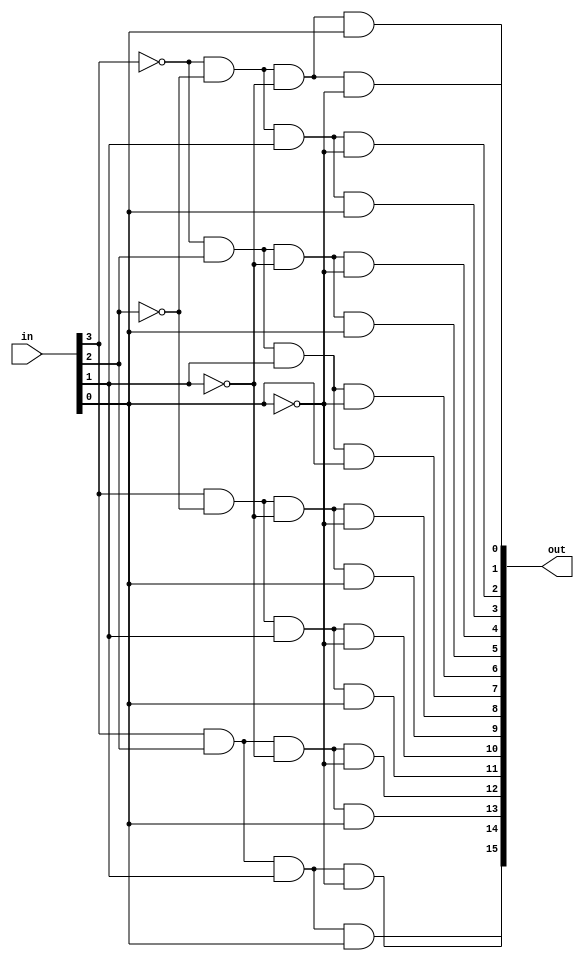
`timescale 1ns / 1ps

module Decoder(
    input [3:0]in,
    output [15:0]out
    );
   assign out[15] =  in[3] & in[2] & in[1] & in[0];
   assign out[14] =  in[3] & in[2] & in[1] & !in[0];
   assign out[13] =  in[3] & in[2] & !in[1] & in[0];
   assign out[12] =  in[3] & in[2] & !in[1] & !in[0];
   assign out[11] =  in[3] & !in[2] & in[1] & in[0];
   assign out[10] =  in[3] & !in[2] & in[1] & !in[0];
   assign out[9] =  in[3] & !in[2] & !in[1] & in[0];
   assign out[8] =  in[3] & !in[2] & !in[1] & !in[0];
   assign out[7] =  !in[3] & in[2] & in[1] & in[0];
   assign out[6] =  !in[3] & in[2] & in[1] & !in[0];
   assign out[5] =  !in[3] & in[2] & !in[1] & in[0];
   assign out[4] =  !in[3] & in[2] & !in[1] & !in[0];
   assign out[3] =  !in[3] & !in[2] & in[1] & in[0];
   assign out[2] =  !in[3] & !in[2] & in[1] & !in[0];
   assign out[1] =  !in[3] & !in[2] & !in[1] & in[0];
   assign out[0] =  !in[3] & !in[2] & !in[1] & !in[0];
   
endmodule